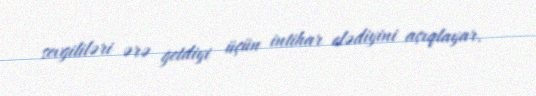
sevgililəri ərə getdiyi üçün intihar elədiyini açıqlayar.